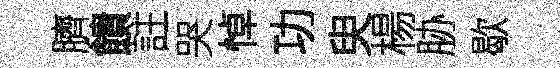
臍饋註哭悼功臾楊胁歇